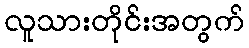
လူသားတိုင်းအတွက်